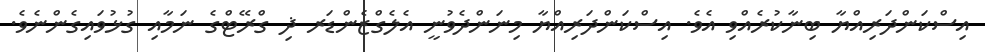
އިސްކަންދަރިއްޔާ ބިނާކުރެއްވި އެވެ. އިސްކަންދަރިއްޔާ މިނަންދެވުނީ އެލެގްޒެންޑަރ ޛި ގްރޭޓްގެ ނަމާއި ގުޅުވައިގެންނެވެ.